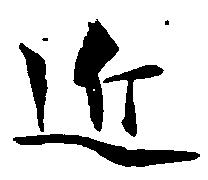
近